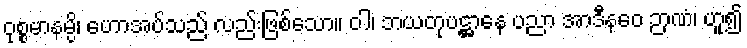
ဝုစ္စမာနမ္ပိ၊ ဟောအပ်သည် လည်းဖြစ်သော။ ဝါ၊ ဘယတုပဋ္ဌာနေ ပညာ အာဒီနဝေ ဉာဏံ၊ ဟူ၍